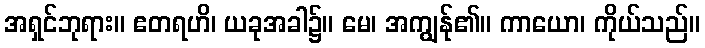
အရှင်ဘုရား။ ဧတရဟိ၊ ယခုအခါ၌။ မေ၊ အကျွန်ု၏။ ကာယော၊ ကိုယ်သည်။